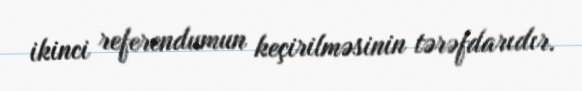
ikinci referendumun keçirilməsinin tərəfdarıdır.